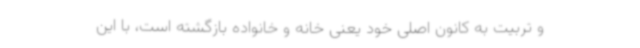
و تربیت به کانون اصلی خود یعنی خانه و خانواده بازگشته است، با این